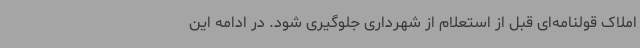
املاک قولنامه‌ای قبل از استعلام از شهرداری جلوگیری شود. در ادامه این